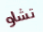
تشاو